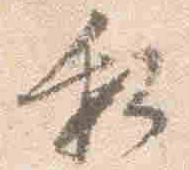
私